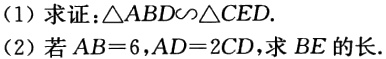
(1) 求证：\(\triangle ABD\sim\triangle CED\).

(2) 若 \(AB = 6\)，\(AD = 2CD\)，求 \(BE\) 的长.